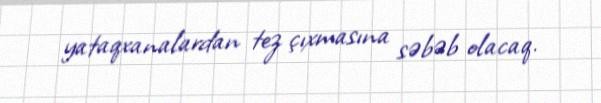
yataqxanalardan tez çıxmasına səbəb olacaq.